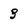
Character: 3